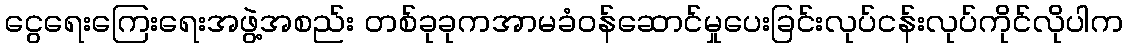
ငွေရေးကြေးရေးအဖွဲ့အစည်း တစ်ခုခုကအာမခံဝန်ဆောင်မှုပေးခြင်းလုပ်ငန်းလုပ်ကိုင်လိုပါက